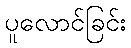
ပူလောင်ခြင်း